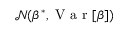
\mathcal { N } ( \beta ^ { * } , \mathrm { ~ V ~ a ~ r ~ } [ \beta ] )